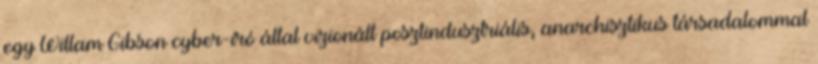
egy Willam Gibson cyber-író által vizionált posztindusztriális, anarchisztikus társadalommal